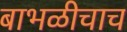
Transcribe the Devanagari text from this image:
बाभळीचाच